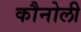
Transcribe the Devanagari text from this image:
कौनोली